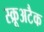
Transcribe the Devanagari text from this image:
स्क्रूअटैक